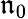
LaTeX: \mathfrak{n}_{0}